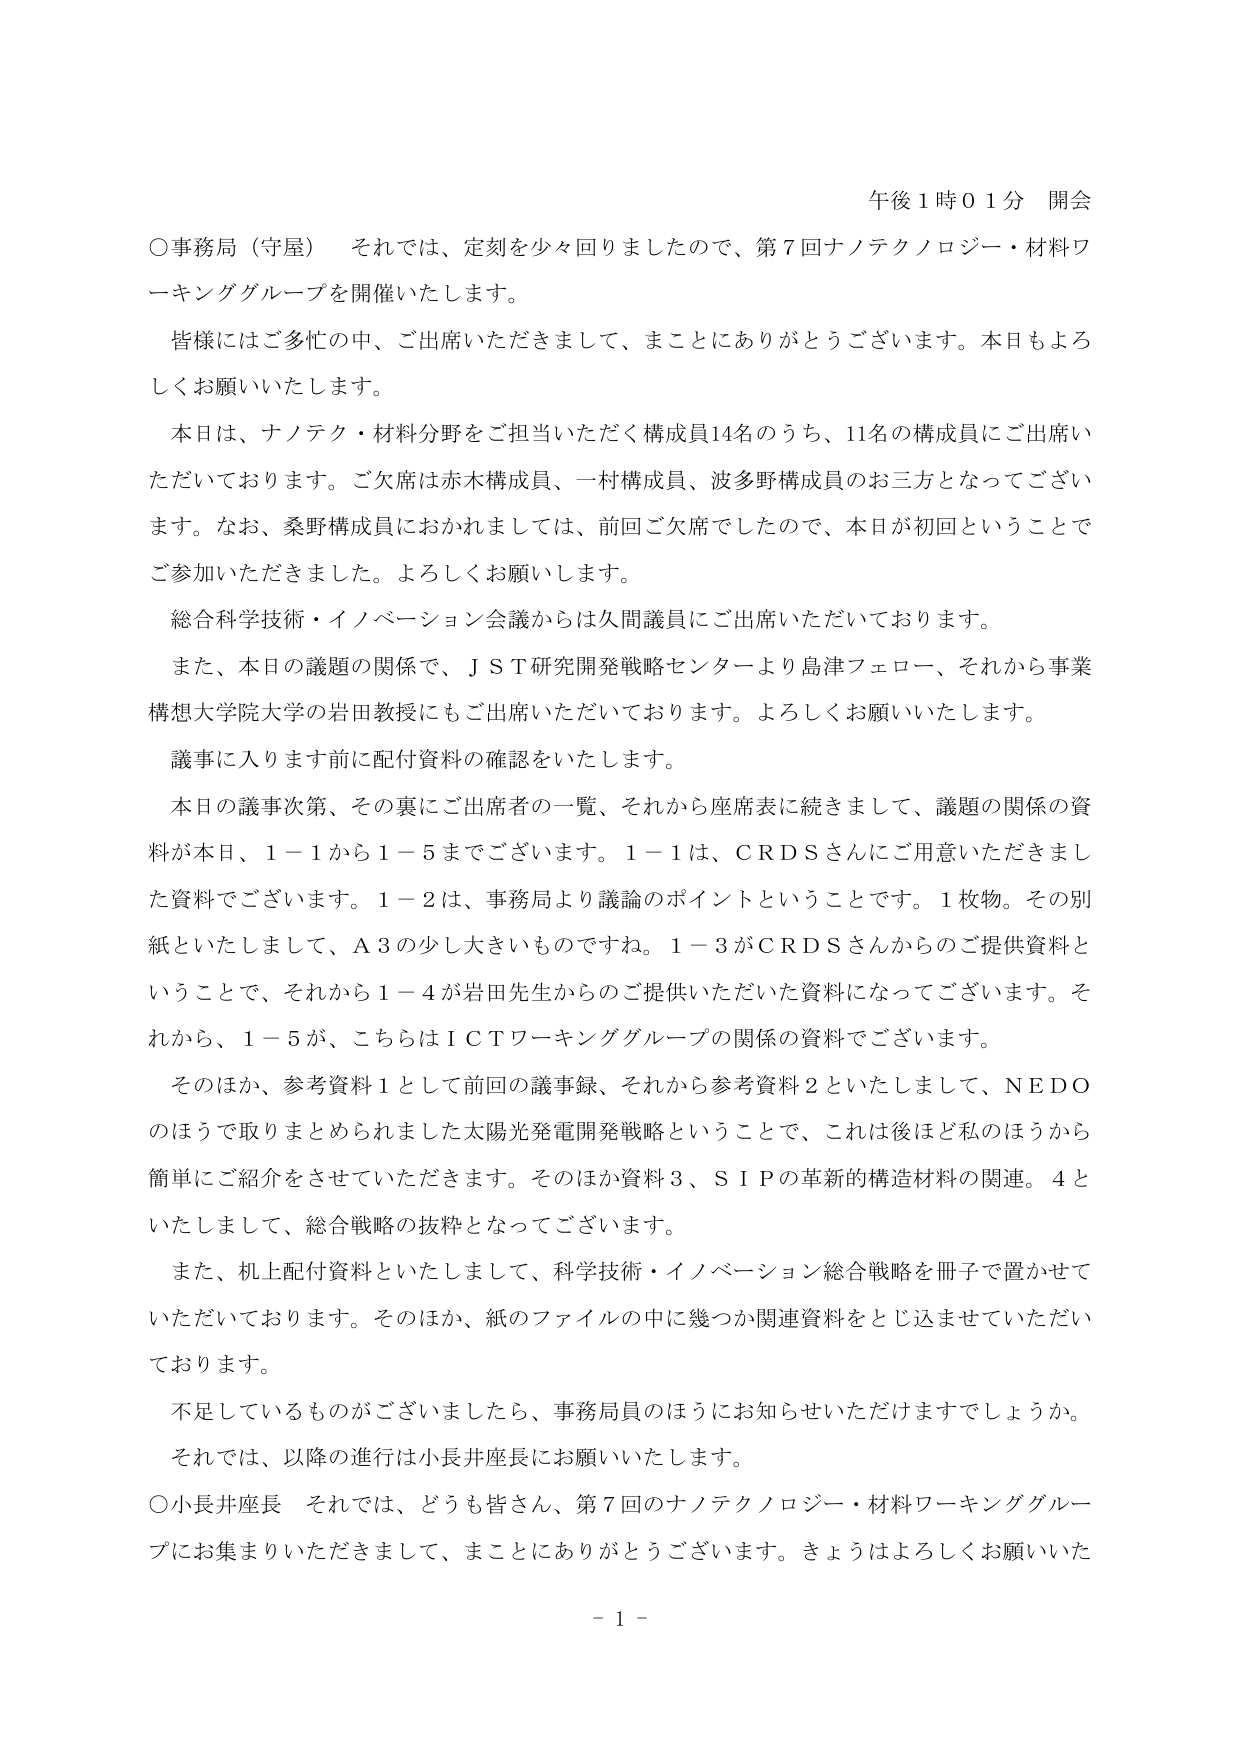
午後１時０１分 開会

○事務局（守屋） それでは、定刻を少々回りましたので、第７回ナノテクノロジー・材料ワーキンググループを開催いたします。

皆様にはご多忙の中、ご出席いただきまして、まことにありがとうございます。本日もよろしくお願いいたします。

本日は、ナノテク・材料分野をご担当いただく構成員14名のうち、11名の構成員にご出席いただいております。ご欠席は赤木構成員、一村構成員、波多野構成員のお三方となってございます。なお、桑野構成員におかれましては、前回ご欠席でしたので、本日が初回ということでご参加いただきました。よろしくお願いします。

総合科学技術・イノベーション会議からは久間議員にご出席いただいております。

また、本日の議題の関係で、ＪＳＴ研究開発戦略センターより島津フェロー、それから事業構想大学院大学の岩田教授にもご出席いただいております。よろしくお願いいたします。

議事に入ります前に配付資料の確認をいたします。

本日の議事次第、その裏にご出席者の一覧、それから座席表に続きまして、議題の関係の資料が本日、１－１から１－５までございます。１－１は、ＣＲＤＳさんにご用意いただきました資料でございます。１－２は、事務局より議論のポイントということです。１枚物。その別紙といたしまして、Ａ３の少し大きいものですね。１－３がＣＲＤＳさんからのご提供資料ということで、それから１－４が岩田先生からのご提供いただいた資料になってございます。それから、１－５が、こちらはＩＣＴワーキンググループの関係の資料でございます。

そのほか、参考資料１として前回の議事録、それから参考資料２といたしまして、ＮＥＤＯのほうで取りまとめられました太陽光発電開発戦略ということで、これは後ほど私のほうから簡単にご紹介をさせていただきます。そのほか資料３、ＳＩＰの革新的構造材料の関連。４といたしまして、総合戦略の抜粋となってございます。

また、机上配付資料といたしまして、科学技術・イノベーション総合戦略を冊子で置かせていただいております。そのほか、紙のファイルの中に幾つか関連資料をとじ込ませていただいております。

不足しているものがございましたら、事務局員のほうにお知らせいただけますでしょうか。

それでは、以降の進行は小長井座長にお願いいたします。

○小長井座長 それでは、どうも皆さん、第７回のナノテクノロジー・材料ワーキンググループにお集まりいただきまして、まことにありがとうございます。きょうはよろしくお願いいた

－１－